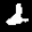
Label: 2